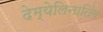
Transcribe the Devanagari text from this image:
देम्येलिनातिंग